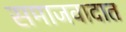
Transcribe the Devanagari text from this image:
समाजवादात